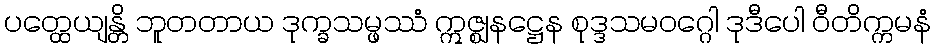
ပတ္ထေယျန္တိ ဘူတတာယ ဒုက္ခသမ္ဖဿံ ဣဇ္ဈနဋ္ဌေန စုဒ္ဒသမဝဂ္ဂေါ ဒုဒီပေါ ဝီတိက္ကမနံ